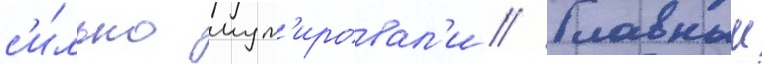
с'и́льно мут'ировал'и // Главныи